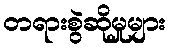
တရားစွဲဆိုမှုများ